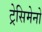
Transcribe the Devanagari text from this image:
ट्रेसिमेनो